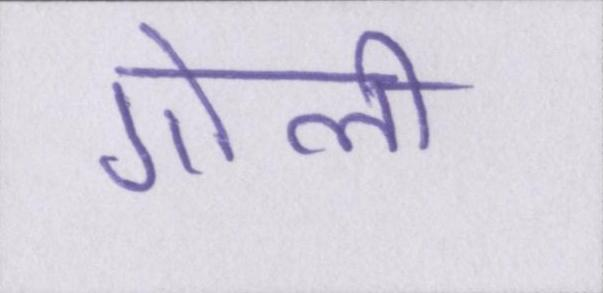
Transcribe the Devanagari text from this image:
गोली